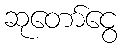
ဆုတော်ငွေ